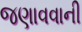
જણાવવાની